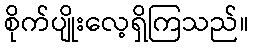
စိုက်ပျိုးလေ့ရှိကြသည်။